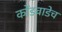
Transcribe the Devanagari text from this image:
कोंडवाडेच